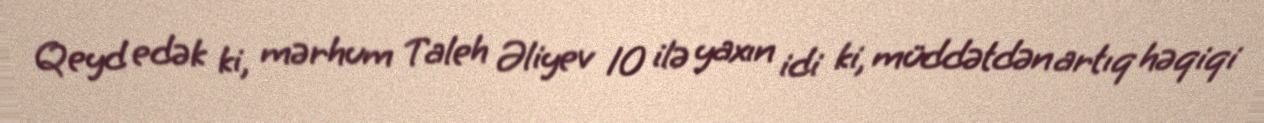
Qeyd edək ki, mərhum Taleh Əliyev 10 ilə yaxın idi ki, müddətdən artıq həqiqi